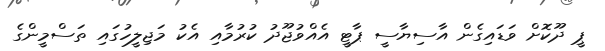
ޕީ ދޫކޮށް ވަޑައިގެން އާސިޔާސީ ޕާޓީ އެއްވުޖޫދު ކުރުމާއި އެކު މަޖިލީހުގައި ތަސްމީންގެ